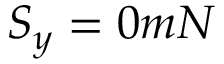
S _ { y } = 0 m N